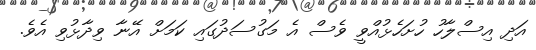
އަދި އިސްލާހު ހުށަހެޅުއްވީ ވެސް އެ މަގުސަދުގައި ކަމަށް އޭނާ ވިދާޅުވި އެވެ.